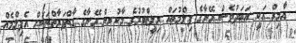
އާމިރް އަކީ އަބަދުވެސް އޭނާގެ ފިލްމުތައް ރިލީޒްވުމުގެ މާކުރިން އޭނާގެ ގާތްފަރާތްތަކަށް އެފިލްމެއް